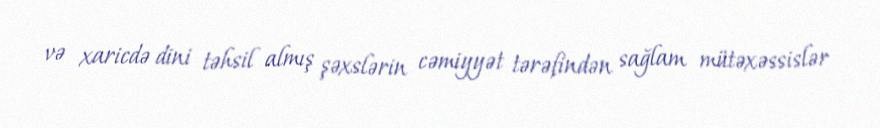
və xaricdə dini təhsil almış şəxslərin cəmiyyət tərəfindən sağlam mütəxəssislər